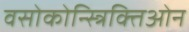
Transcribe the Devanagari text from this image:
वसोकोन्स्त्रिक्तिओन